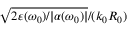
\sqrt { 2 \varepsilon ( \omega _ { 0 } ) / | \alpha ( \omega _ { 0 } ) | } / ( k _ { 0 } R _ { 0 } )